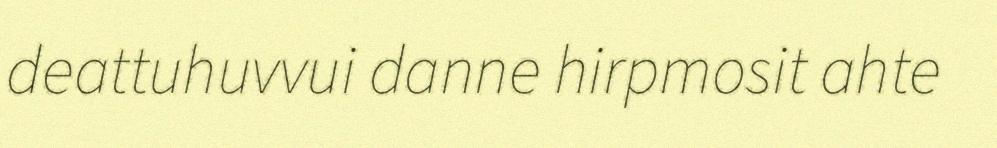
deattuhuvvui danne hirpmosit ahte